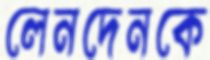
লেনদেনকে